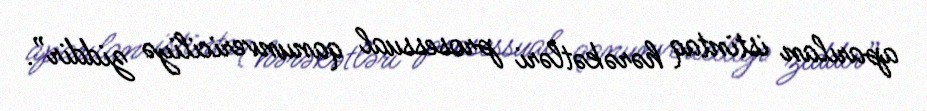
aparılan istintaq hərəkətləri prosessual qanunvericiliyə ziddir”.